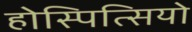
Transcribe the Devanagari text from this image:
होस्पित्सियो